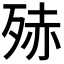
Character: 𭮒